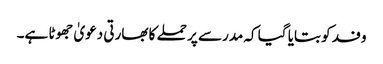
وفد کو بتایا گیا کہ مدرسے پر حملے کا بھارتی دعویٰ جھوٹا ہے۔